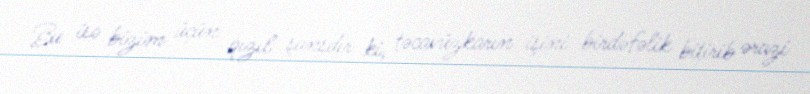
Bu isə bizim üçün qızıl şansdır ki, təcavüzkarın işini birdəfəlik bitirib ərazi